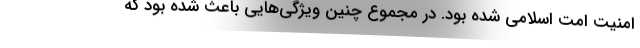
امنیت امت اسلامی شده بود. در مجموع چنین ویژگی‌هایی باعث شده بود که